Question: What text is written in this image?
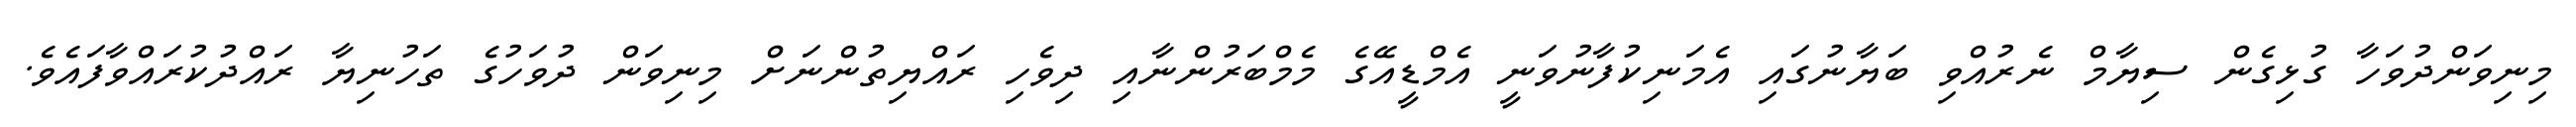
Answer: މިނިވަންދުވަހާ ގުޅިގެން ސިޔާމް ނެރުއްވި ބަޔާނުގައި އެމަނިކުފާނުވަނީ އެމްޑީއޭގެ މެމްބަރުންނާއި ދިވެހި ރައްޔިތުންނަށް މިނިވަން ދުވަހުގެ ތަހުނިޔާ ރައްދުކުރައްވާފައެވެ.